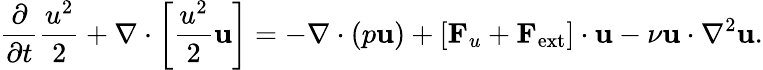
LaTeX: \frac{\partial}{\partial t}\frac{u^{2}}{2}+\nabla\cdot\left[\frac{u^{2}}{2}{\mathbf u}\right]=-\nabla\cdot(p{\mathbf u})+[{\mathbf F}_{u}+{\mathbf F}_{\mathrm{ext}}]\cdot{\mathbf u}-\nu{\mathbf u}\cdot\nabla^{2}{\mathbf u}.